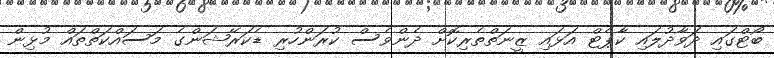
ބޯޓްގައި ދަވާދުލައި ކާޕެޓް އަޅައި ޒީނަތްތެރިކޮށް ދެންވެސް ކުރަންހުރި ޑެކަރޭޝަންގެ މަސައްކަތްތައް މުޅިން